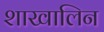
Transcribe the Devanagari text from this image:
शाखालिन